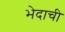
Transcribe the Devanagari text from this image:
भेदाची